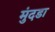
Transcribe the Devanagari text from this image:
मुंदडा